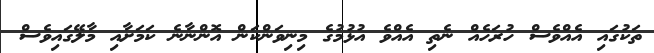
ތަކުގައި އެއްވެސް ހުރަހެއް ނެތި އެއްވެ އުޅުމުގެ މިނިވަންކަން އޮންނާނެ ކަމަށާއި މާލޭގައިވެސް